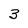
Character: 3